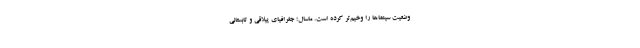
وضعیت سینماها را وخیم‌تر کرده است. ماسال؛ جغرافیای ییلاقی و تابستانی